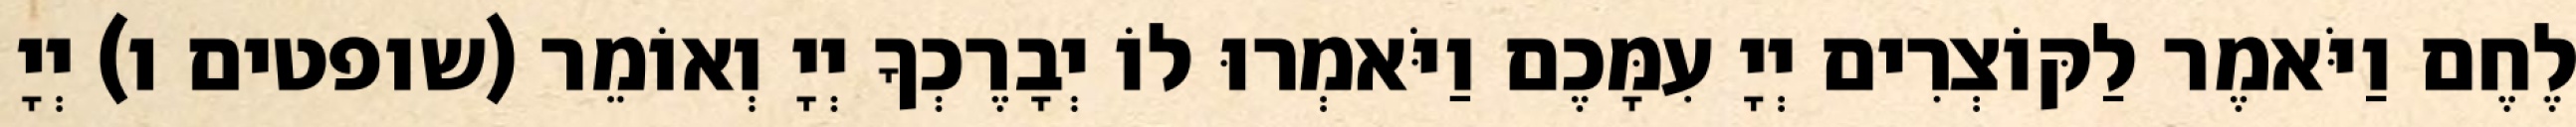
לֶחֶם וַיֹּאמֶר לַקּוֹצְרִים יְיָ עִמָּכֶם וַיֹּאמְרוּ לוֹ יְבָרֶכְךָ יְיָ וְאוֹמֵר (שופטים ו) יְיָ